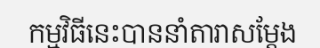
កម្មវិធីនេះបាននាំតារាសម្តែង